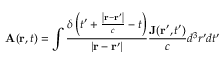
\mathbf { A } ( \mathbf { r } , t ) = \int { \frac { \delta \left( t ^ { \prime } + { \frac { \left| \mathbf { r } - \mathbf { r } ^ { \prime } \right| } { c } } - t \right) } { \left| \mathbf { r } - \mathbf { r } ^ { \prime } \right| } } { \frac { \mathbf { J } ( \mathbf { r } ^ { \prime } , t ^ { \prime } ) } { c } } d ^ { 3 } r ^ { \prime } d t ^ { \prime }